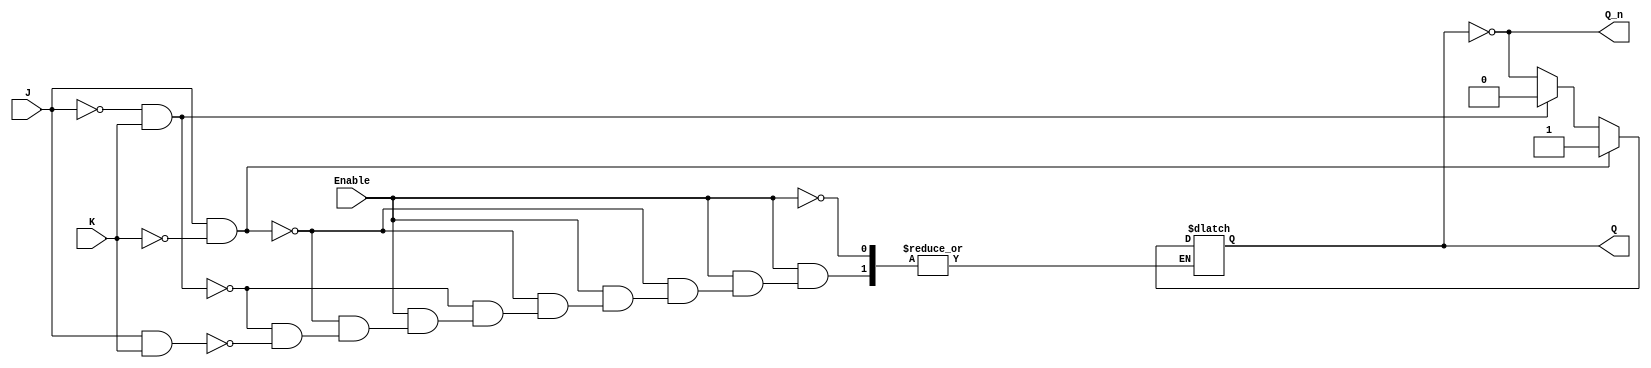
module gated_jk_latch (
    input wire J,          // Set input
    input wire K,          // Reset input
    input wire Enable,     // Clock (Enable) signal
    output reg Q,          // Current state output
    output wire Q_n        // Inverted current state output (Q NOT)
);

    // Inverted output Q'
    assign Q_n = ~Q;

    always @(*) begin
        if (Enable) begin
            if (J && ~K) begin
                Q = 1'b1;  // Set
            end else if (~J && K) begin
                Q = 1'b0;  // Reset
            end else if (J && K) begin
                Q = ~Q;    // Toggle
            end
            // If J = 0 and K = 0, Q retains its value (no change)
        end
        // If Enable is low, Q retains its previous value (hold state)
    end

endmodule